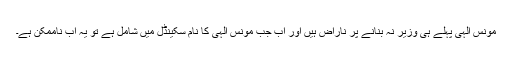
مونس الہیٰ پہلے ہی وزیر نہ بنانے پر ناراض ہیں اور اب جب مونس الہیٰ کا نام سکینڈل میں شامل ہے تو یہ اب ناممکن ہے۔